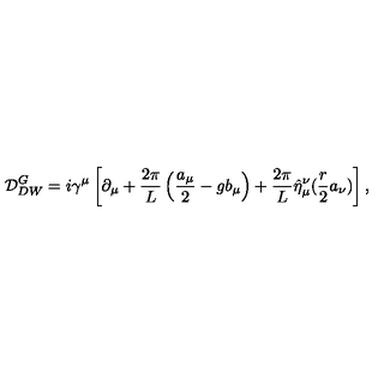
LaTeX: { \cal D } _ { D W } ^ { G } = i \gamma ^ { \mu } \left[ \partial _ { \mu } + \frac { 2 \pi } { L } \left( \frac { a _ { \mu } } { 2 } - g b _ { \mu } \right) + \frac { 2 \pi } { L } \hat { \eta } _ { \mu } ^ { \nu } ( \frac { r } { 2 } a _ { \nu } ) \right] ,